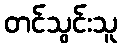
တင်သွင်းသူ